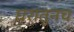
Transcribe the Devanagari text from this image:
घरातुनच